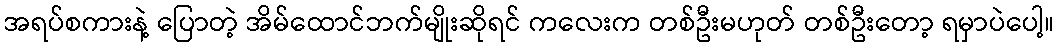
အရပ်စကားနဲ့ ပြောတဲ့ အိမ်ထောင်ဘက်မျိုးဆိုရင် ကလေးက တစ်ဦးမဟုတ် တစ်ဦးတော့ ရမှာပဲပေါ့။